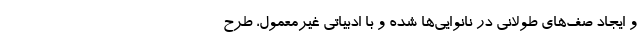
و ایجاد صف‌های طولانی در نانوایی‌ها شده و با ادبیاتی غیرمعمول، طرح